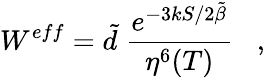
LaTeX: W^{eff}=\tilde{d}\; \frac{e^{{-3kS}/{2\tilde{\beta}}}}{\eta^{6}(T)}\; \; \; ,